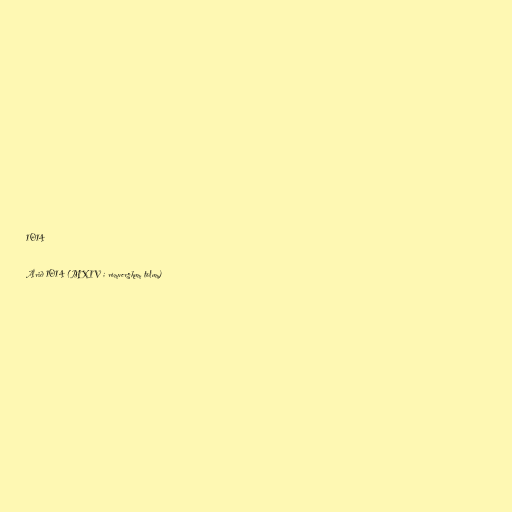
1014

Árið 1014 (MXIV í rómverskum tölum)